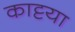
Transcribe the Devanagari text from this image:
काट्टया